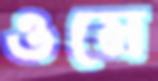
ওমে